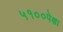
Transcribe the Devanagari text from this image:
५१००पेक्षा